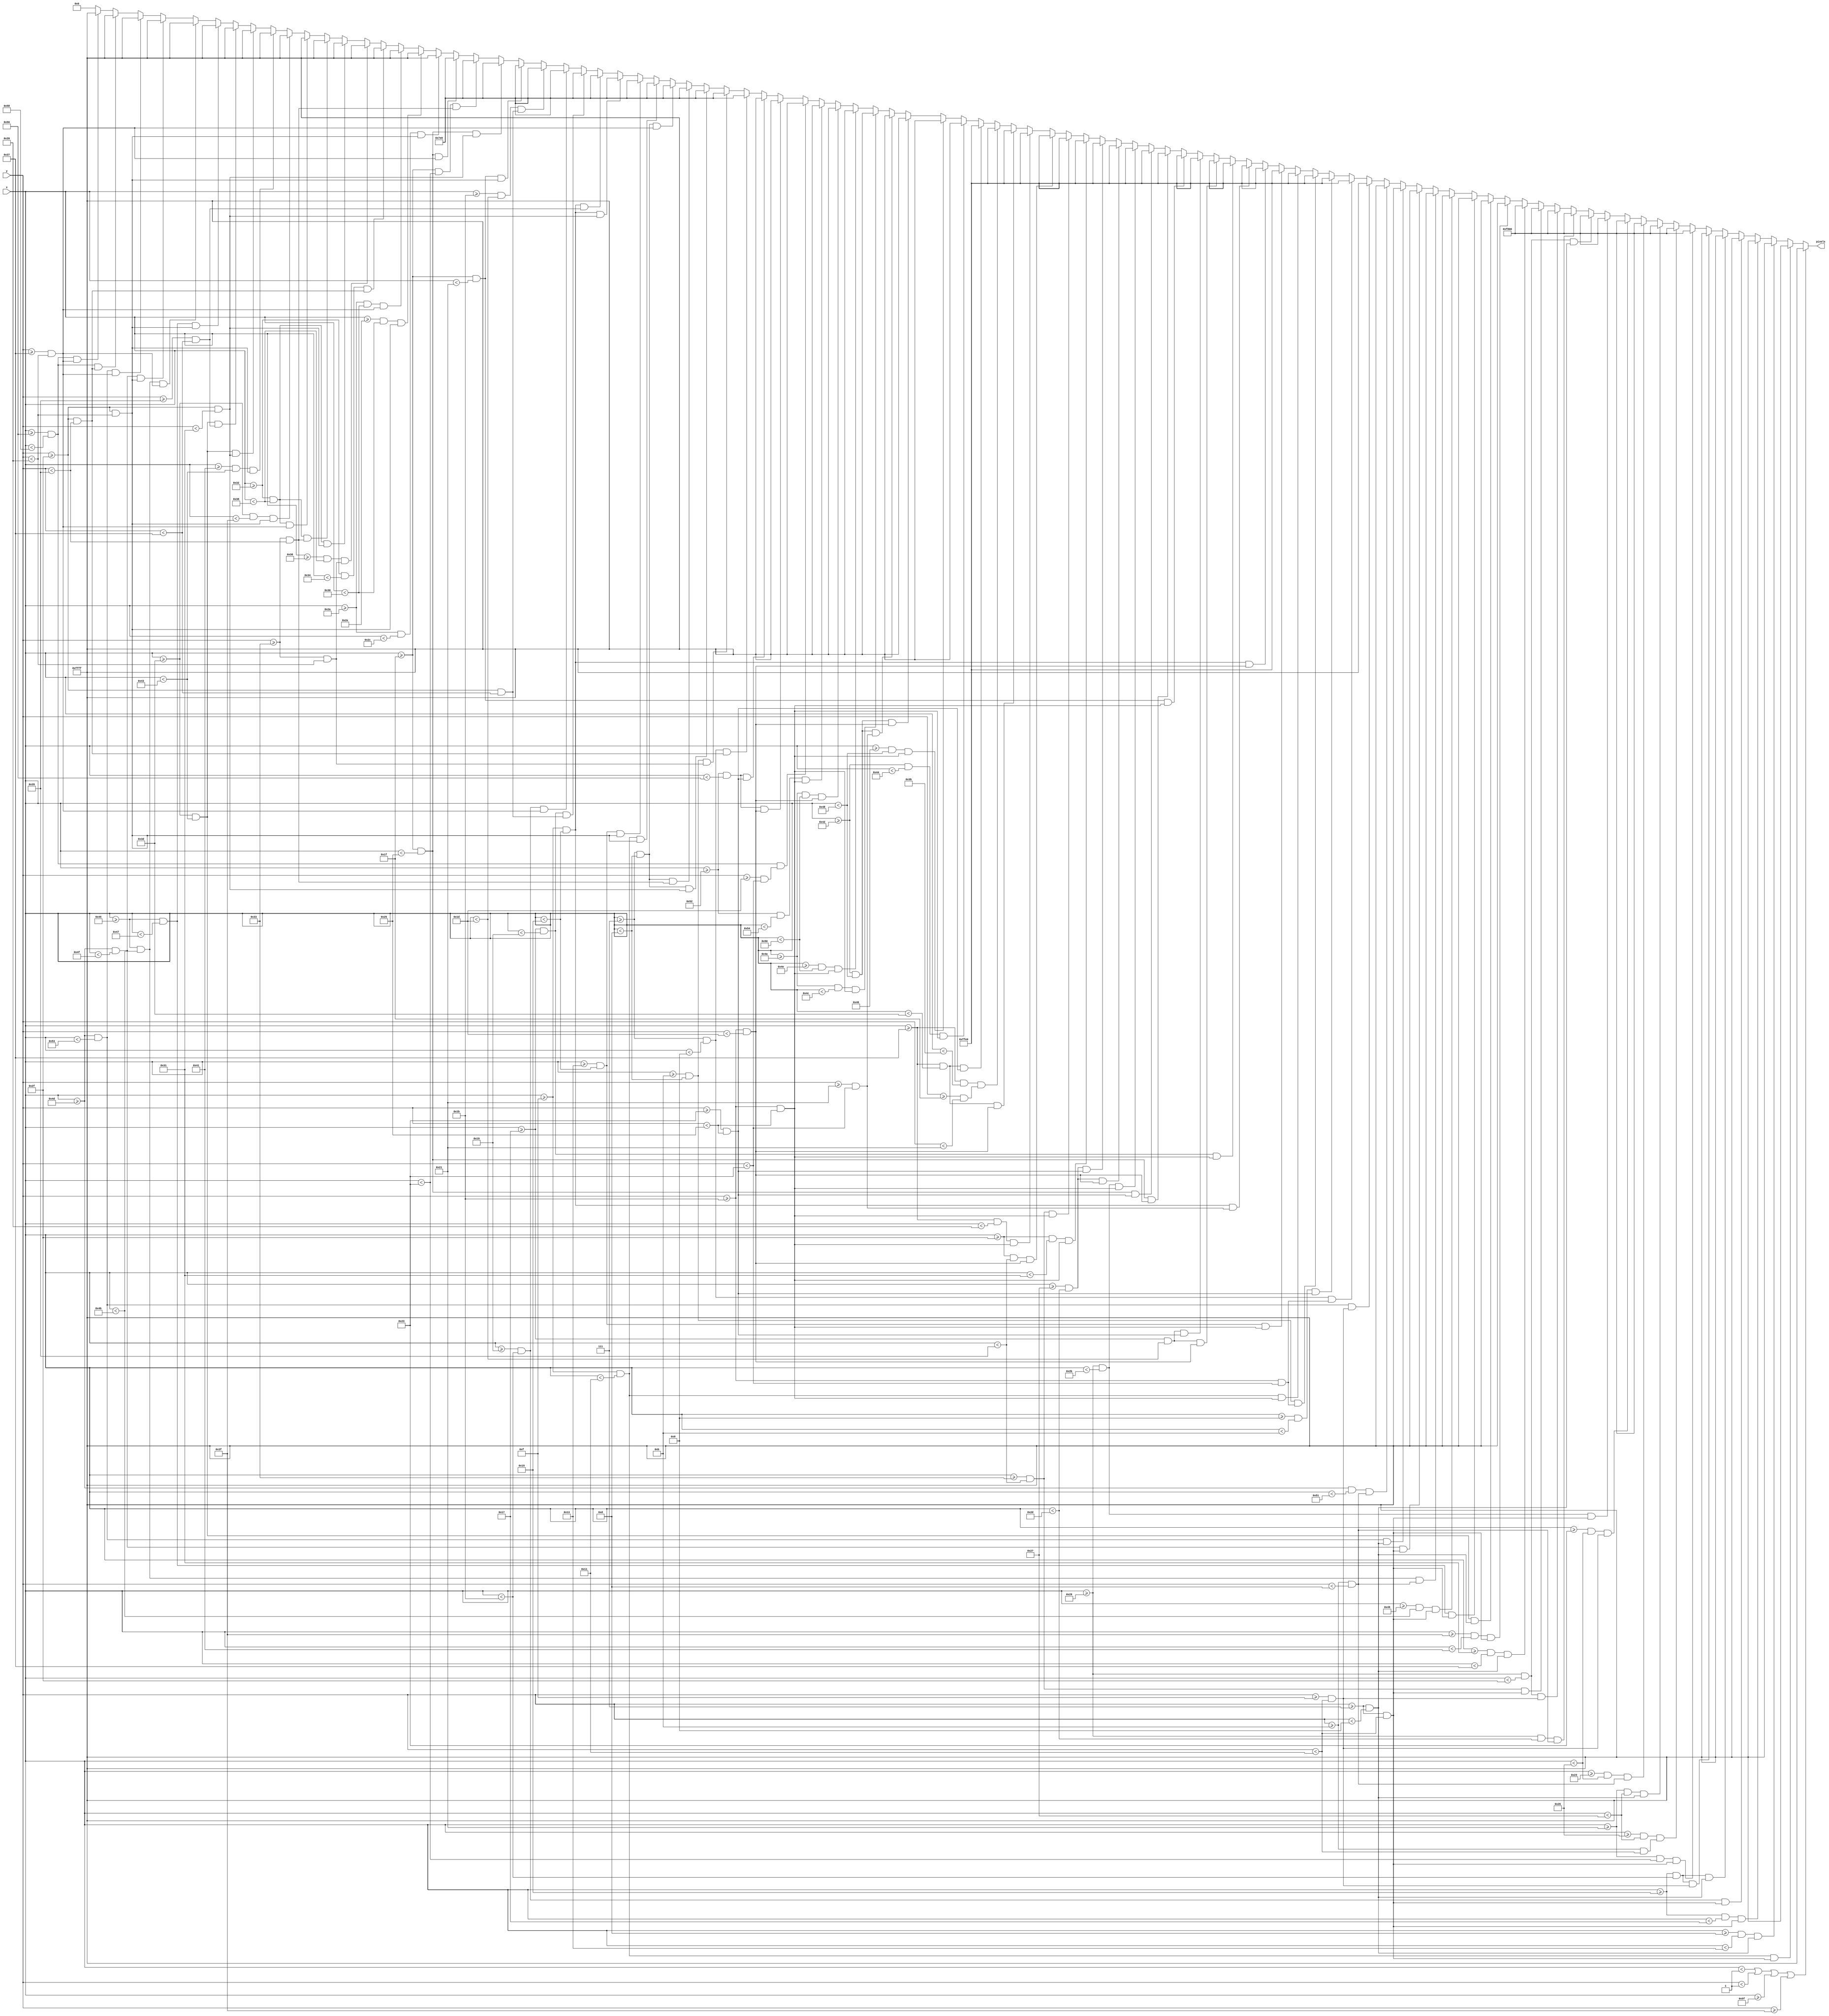
`timescale 1ns / 1ps
//////////////////////////////////////////////////////////////////////////////////
// Company: 
// Engineer: 
// 
// Design Name: 
// Module Name: intro7
// Project Name: 
// Target Devices: 
// Tool Versions: 
// Description: 
// 
// Dependencies: 
// 
// Revision:
// Revision 0.01 - File Created
// Additional Comments:
// 
//////////////////////////////////////////////////////////////////////////////////


// TO GET THE VACCINE AND SAVE US ALL!
module intro7(
    input [6:0] x,
    input [5:0] y,
    output reg [15:0] pixels
    );
    
    always @ (*) begin
             if (x < 1 || y < 1 || x >= 95 || y >= 63)                pixels = 16'hFFFF;

//        Intro7
        else if ((x >= 13+2 && x < 13+4) && (y >= 7 && y < 7+10))       pixels = 16'hFFFF;
        else if ((x >= 13 && x < 13+6)   && (y >= 7 && y < 7+2))        pixels = 16'hFFFF;
        else if ((x >= 21 && x < 21+2)   && (y >= 7 && y < 7+10))       pixels = 16'hFFFF;
        else if ((x >= 21+4 && x < 21+6) && (y >= 7 && y < 7+10))       pixels = 16'hFFFF;
        else if ((x >= 21 && x < 21+6)   && (y >= 7 && y < 7+2))        pixels = 16'hFFFF;
        else if ((x >= 21 && x < 21+6)   && (y >= 7+8 && y < 7+10))     pixels = 16'hFFFF;
        else if ((x >= 33 && x < 33+2)   && (y >= 7 && y < 7+10))       pixels = 16'hF800;
        else if ((x >= 33+5 && x < 33+6) && (y >= 7+4 && y < 7+10))     pixels = 16'hF800;
        else if ((x >= 33 && x < 33+6)   && (y >= 7 && y < 7+2))        pixels = 16'hF800;
        else if ((x >= 33+3 && x < 33+5) && (y >= 7+4 && y < 7+6))      pixels = 16'hF800;
        else if ((x >= 33+2 && x < 33+5) && (y >= 7+8 && y < 7+10))     pixels = 16'hF800;
        else if ((x >= 41 && x < 41+2)   && (y >= 7 && y < 7+10))       pixels = 16'hF800;
        else if ((x >= 41 && x < 41+6)   && (y >= 7 && y < 7+2))        pixels = 16'hF800;
        else if ((x >= 41 && x < 41+4)   && (y >= 7+4 && y < 7+6))      pixels = 16'hF800;
        else if ((x >= 41 && x < 41+6)   && (y >= 7+8 && y < 7+10))     pixels = 16'hF800;
        else if ((x >= 49+2 && x < 49+4) && (y >= 7 && y < 7+10))       pixels = 16'hF800;
        else if ((x >= 49 && x < 49+6)   && (y >= 7 && y < 7+2))        pixels = 16'hF800;
        else if ((x >= 61+2 && x < 61+4) && (y >= 7 && y < 7+10))       pixels = 16'hFFFF;
        else if ((x >= 61 && x < 61+6)   && (y >= 7 && y < 7+2))        pixels = 16'hFFFF;
        else if ((x >= 69 && x < 69+2)   && (y >= 7 && y < 7+10))       pixels = 16'hFFFF;
        else if ((x >= 69+4 && x < 69+6) && (y >= 7 && y < 7+10))       pixels = 16'hFFFF;
        else if ((x >= 69 && x < 69+6)   && (y >= 7+4 && y < 7+6))      pixels = 16'hFFFF;
        else if ((x >= 77 && x < 77+2)   && (y >= 7 && y < 7+10))       pixels = 16'hFFFF;
        else if ((x >= 77 && x < 77+6)   && (y >= 7 && y < 7+2))        pixels = 16'hFFFF;
        else if ((x >= 77 && x < 77+4)   && (y >= 7+4 && y < 7+6))      pixels = 16'hFFFF;
        else if ((x >= 77 && x < 77+6)   && (y >= 7+8 && y < 7+10))     pixels = 16'hFFFF;
        else if ((x >= 7 && x < 7+2)   && (y >= 27 && y < 27+8))        pixels = 16'hFFE0;
        else if ((x >= 7+2 && x < 7+4) && (y >= 27+8 && y < 27+10))     pixels = 16'hFFE0;
        else if ((x >= 7+4 && x < 7+6) && (y >= 27 && y < 27+8))        pixels = 16'hFFE0;
        else if ((x >= 15 && x < 15+2)   && (y >= 27 && y < 27+10))     pixels = 16'hFFE0;
        else if ((x >= 15+4 && x < 15+6) && (y >= 27 && y < 27+10))     pixels = 16'hFFE0;
        else if ((x >= 15 && x < 15+6)   && (y >= 27 && y < 27+2))      pixels = 16'hFFE0;
        else if ((x >= 15 && x < 15+6)   && (y >= 27+6 && y < 27+8))    pixels = 16'hFFE0;
        else if ((x >= 23 && x < 23+2)   && (y >= 27 && y < 27+10))     pixels = 16'hFFE0;
        else if ((x >= 23 && x < 23+6)   && (y >= 27 && y < 27+2))      pixels = 16'hFFE0;
        else if ((x >= 23 && x < 23+6)   && (y >= 27+8 && y < 27+10))   pixels = 16'hFFE0;
        else if ((x >= 31 && x < 31+2)   && (y >= 27 && y < 27+10))     pixels = 16'hFFE0;
        else if ((x >= 31 && x < 31+6)   && (y >= 27 && y < 27+2))      pixels = 16'hFFE0;
        else if ((x >= 31 && x < 31+6)   && (y >= 27+8 && y < 27+10))   pixels = 16'hFFE0;
        else if ((x >= 39+2 && x < 39+4) && (y >= 27 && y < 27+10))     pixels = 16'hFFE0;
        else if ((x >= 39 && x < 39+6)   && (y >= 27 && y < 27+2))      pixels = 16'hFFE0;
        else if ((x >= 39 && x < 39+6)   && (y >= 27+8 && y < 27+10))   pixels = 16'hFFE0;
        else if ((x >= 47 && x < 47+2)   && (y >= 27 && y < 27+10))     pixels = 16'hFFE0;
        else if ((x >= 47+4 && x < 47+6) && (y >= 27 && y < 27+10))     pixels = 16'hFFE0;
        else if ((x >= 47 && x < 47+6)   && (y >= 27 && y < 27+2))      pixels = 16'hFFE0;
        else if ((x >= 55 && x < 55+2)   && (y >= 27 && y < 27+10))     pixels = 16'hFFE0;
        else if ((x >= 55 && x < 55+6)   && (y >= 27 && y < 27+2))      pixels = 16'hFFE0;
        else if ((x >= 55 && x < 55+4)   && (y >= 27+4 && y < 27+6))    pixels = 16'hFFE0;
        else if ((x >= 55 && x < 55+6)   && (y >= 27+8 && y < 27+10))   pixels = 16'hFFE0;
        else if ((x >= 66 && x < 66+2)   && (y >= 27 && y < 27+10))     pixels = 16'hFFFF;
        else if ((x >= 66+4 && x < 66+6) && (y >= 27 && y < 27+10))     pixels = 16'hFFFF;
        else if ((x >= 66 && x < 66+6)   && (y >= 27 && y < 27+2))      pixels = 16'hFFFF;
        else if ((x >= 66 && x < 66+6)   && (y >= 27+6 && y < 27+8))    pixels = 16'hFFFF;
        else if ((x >= 74 && x < 74+2)   && (y >= 27 && y < 27+10))     pixels = 16'hFFFF;
        else if ((x >= 74+4 && x < 74+6) && (y >= 27 && y < 27+10))     pixels = 16'hFFFF;
        else if ((x >= 74 && x < 74+6)   && (y >= 27 && y < 27+2))      pixels = 16'hFFFF;
        else if ((x >= 82 && x < 82+2)   && (y >= 27 && y < 27+10))     pixels = 16'hFFFF;
        else if ((x >= 82+4 && x < 82+6) && (y >= 27+2 && y < 27+8))    pixels = 16'hFFFF;
        else if ((x >= 82 && x < 82+4)   && (y >= 27 && y < 27+2))      pixels = 16'hFFFF;
        else if ((x >= 82 && x < 82+4)   && (y >= 27+8 && y < 27+10))   pixels = 16'hFFFF;
        else if ((x >= 7 && x < 7+2)   && (y >= 47 && y < 47+6))        pixels = 16'h07E0;
        else if ((x >= 7+4 && x < 7+6) && (y >= 47+4 && y < 47+10))     pixels = 16'h07E0;
        else if ((x >= 7 && x < 7+6)   && (y >= 47 && y < 47+2))        pixels = 16'h07E0;
        else if ((x >= 7 && x < 7+6)   && (y >= 47+4 && y < 47+6))      pixels = 16'h07E0;
        else if ((x >= 7 && x < 7+6)   && (y >= 47+8 && y < 47+10))     pixels = 16'h07E0;
        else if ((x >= 15 && x < 15+2)   && (y >= 47 && y < 47+10))     pixels = 16'h07E0;
        else if ((x >= 15+4 && x < 15+6) && (y >= 47 && y < 47+10))     pixels = 16'h07E0;
        else if ((x >= 15 && x < 15+6)   && (y >= 47 && y < 47+2))      pixels = 16'h07E0;
        else if ((x >= 15 && x < 15+6)   && (y >= 47+6 && y < 47+8))    pixels = 16'h07E0;
        else if ((x >= 23 && x < 23+2)   && (y >= 47 && y < 47+8))      pixels = 16'h07E0;
        else if ((x >= 23+2 && x < 23+4) && (y >= 47+8 && y < 47+10))   pixels = 16'h07E0;
        else if ((x >= 23+4 && x < 23+6) && (y >= 47 && y < 47+8))      pixels = 16'h07E0;
        else if ((x >= 31 && x < 31+2)   && (y >= 47 && y < 47+10))     pixels = 16'h07E0;
        else if ((x >= 31 && x < 31+6)   && (y >= 47 && y < 47+2))      pixels = 16'h07E0;
        else if ((x >= 31 && x < 31+4)   && (y >= 47+4 && y < 47+6))    pixels = 16'h07E0;
        else if ((x >= 31 && x < 31+6)   && (y >= 47+8 && y < 47+10))   pixels = 16'h07E0;
        else if ((x >= 42 && x < 42+2)   && (y >= 47 && y < 47+10))     pixels = 16'hFFFF;
        else if ((x >= 42+4 && x < 42+6) && (y >= 47 && y < 47+10))     pixels = 16'hFFFF;
        else if ((x >= 42 && x < 42+6)   && (y >= 47+8 && y < 47+10))   pixels = 16'hFFFF;
        else if ((x >= 50 && x < 50+2)   && (y >= 47 && y < 47+6))      pixels = 16'hFFFF;
        else if ((x >= 50+4 && x < 50+6) && (y >= 47+4 && y < 47+10))   pixels = 16'hFFFF;
        else if ((x >= 50 && x < 50+6)   && (y >= 47 && y < 47+2))      pixels = 16'hFFFF;
        else if ((x >= 50 && x < 50+6)   && (y >= 47+4 && y < 47+6))    pixels = 16'hFFFF;
        else if ((x >= 50 && x < 50+6)   && (y >= 47+8 && y < 47+10))   pixels = 16'hFFFF;
        else if ((x >= 61 && x < 61+2)   && (y >= 47 && y < 47+10))     pixels = 16'hFFFF;
        else if ((x >= 61+4 && x < 61+6) && (y >= 47 && y < 47+10))     pixels = 16'hFFFF;
        else if ((x >= 61 && x < 61+6)   && (y >= 47 && y < 47+2))      pixels = 16'hFFFF;
        else if ((x >= 61 && x < 61+6)   && (y >= 47+6 && y < 47+8))    pixels = 16'hFFFF;
        else if ((x >= 69 && x < 69+2)   && (y >= 47 && y < 47+10))     pixels = 16'hFFFF;
        else if ((x >= 69 && x < 69+6)   && (y >= 47+8 && y < 47+10))   pixels = 16'hFFFF;
        else if ((x >= 77 && x < 77+2)   && (y >= 47 && y < 47+10))     pixels = 16'hFFFF;
        else if ((x >= 77 && x < 77+6)   && (y >= 47+8 && y < 47+10))   pixels = 16'hFFFF;
        else if ((x >= 86 && x < 86+2) && (y >= 47   && y < 47+6))      pixels = 16'hFFFF;
        else if ((x >= 86 && x < 86+2) && (y >= 47+8 && y < 47+10))     pixels = 16'hFFFF;
        else pixels = 16'h0000;
    end

endmodule